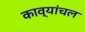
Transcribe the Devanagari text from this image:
काव्यांचल